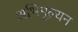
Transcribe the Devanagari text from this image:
अभिमूल्यन